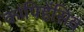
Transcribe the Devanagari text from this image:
कांपिहेंसिव